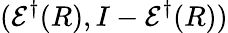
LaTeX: ({\mathcal{E}}^{\dagger}(R),I-{\mathcal{E}}^{\dagger}(R))